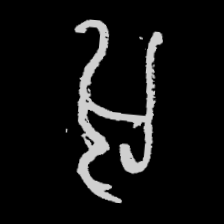
Pyu character \u2014 Myanmar letter: အ (romanized: a)